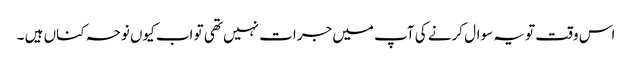
اس وقت تو یہ سوال کرنے کی آپ میں جرات نہیں تھی تو اب کیوں نوحہ کناں ہیں ۔